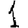
Digit: 1